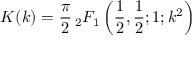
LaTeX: K ( k ) = { \frac { \pi } { 2 } } \, _ { 2 } F _ { 1 } \left( { \frac { 1 } { 2 } } , { \frac { 1 } { 2 } } ; 1 ; k ^ { 2 } \right)